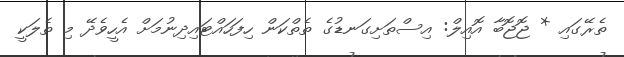
ތެރޭގައި * ޖޮޖޮބާ އޮއިލް: އިސްތަށިގަނޑުގެ ތެތްކަން ހިފަހައްޓައިދިނުމަށް އެހީވެދޭ މި ތެލަކީ